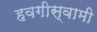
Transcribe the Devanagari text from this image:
हवगीस्वामी